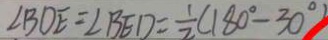
\angle B D E = \angle B E D = \frac { 1 } { 2 } ( 1 8 0 ^ { \circ } - 3 0 ^ { \circ } )